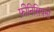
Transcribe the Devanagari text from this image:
फ़ीनिसियनों